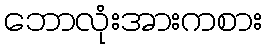
ဘောလုံးအားကစား